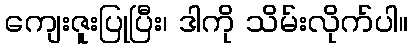
ကျေးဇူးပြုပြီး၊ ဒါကို သိမ်းလိုက်ပါ။